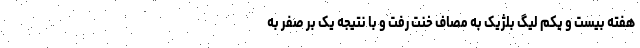
هفته بیست و یکم لیگ بلژیک به مصاف خنت رفت و با نتیجه یک بر صفر به